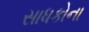
સાધકોના